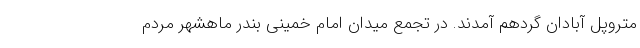
متروپل آبادان گردهم آمدند. در تجمع میدان امام خمینی بندر ماهشهر مردم